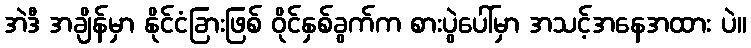
အဲဒီ အချိန်မှာ နိုင်ငံခြားဖြစ် ဝိုင်နှစ်ခွက်က စားပွဲပေါ်မှာ အသင့်အနေအထား ပဲ။